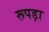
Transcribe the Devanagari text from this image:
रूपड़ा